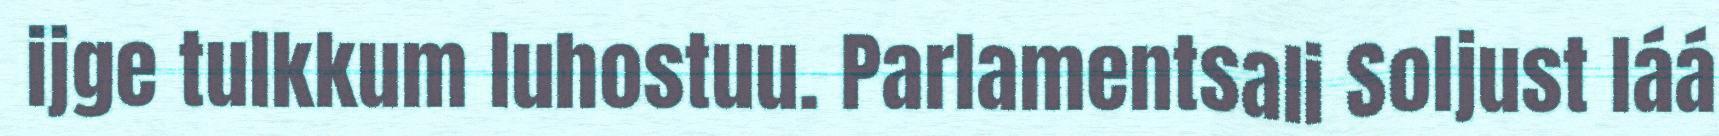
ijge tulkkum luhostuu. Parlamentsali Soljust láá